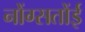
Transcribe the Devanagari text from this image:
नोंग्सतोंई